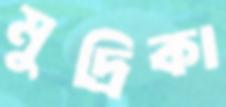
মুদ্রিকা